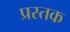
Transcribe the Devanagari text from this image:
प्रस्तक